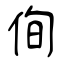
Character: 侚